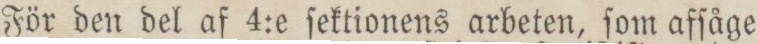
För den del af 4:e ſekionens arbeten, ſom afſåge